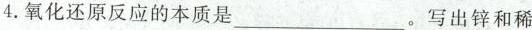
4.氧化还原反应的本质是___。写出锌和稀